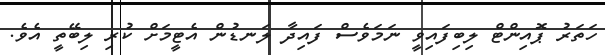
ހަތަރު ޕޮއިންޓް ލިބިފައިވީ ނަމަވެސް ފައިދާ ލަނޑުން އެޓީމަށް ކުރި ލިބޭތީ އެވެ.